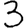
Digit: 3